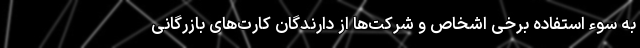
به سوء استفاده برخی اشخاص و شرکت‌ها از دارندگان کارت‌های بازرگانی